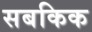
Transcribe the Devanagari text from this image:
सबकिक